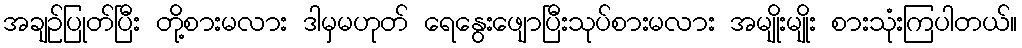
အချဉ်ပြုတ်ပြီး တို့စားမလား ဒါမှမဟုတ် ရေနွေးဖျောပြီးသုပ်စားမလား အမျိုးမျိုး စားသုံးကြပါတယ်။